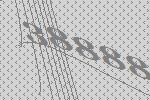
38888